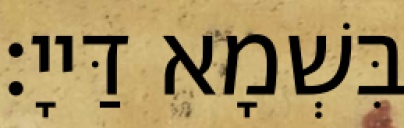
בִּשְׁמָא דַּייָ׃